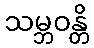
သမ္ဘဝန္တိ